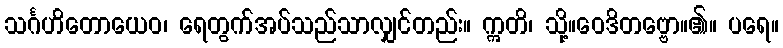
သင်္ဂဟိတောယေဝ၊ ရေတွက်အပ်သည်သာလျှင်တည်း။ ဣတိ၊ သို့။ဝေဒိတဗ္ဗော။၏။ ပရေ။